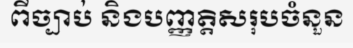
ពីច្បាប់ និងបញ្ញត្តិសរុបចំនួន